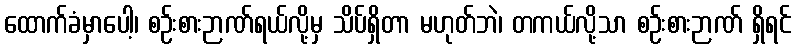
ထောက်ခံမှာပေါ့၊ စဉ်းစားဉာဏ်ရယ်လို့မှ သိပ်ရှိတာ မဟုတ်ဘဲ၊ တကယ်လို့သာ စဉ်းစားဉာဏ် ရှိရင်